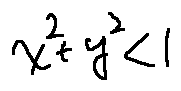
x ^ { 2 } + y ^ { 2 } < 1